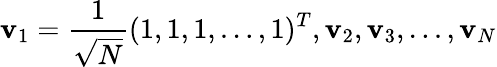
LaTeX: \mathbf{v}_{1}=\frac{1}{\sqrt{N}}(1,1,1,\ldots,1)^{T},\mathbf{v}_{2},\mathbf{v}_{3},\ldots,\mathbf{v}_{N}